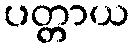
ပတ္တာယ